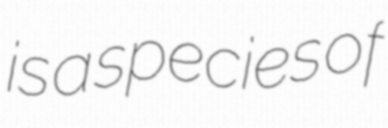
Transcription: is a species of